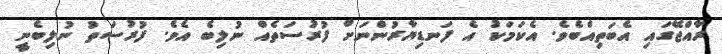
ރާއްޖޭގައި އެބަތިއްބެވެ. އެކަމަކު އެ ފަނޑިޔާރުންނަށް ފުރުސަތެއް ނުލިބެ އެވެ. ފުރުސަތު ނުލިބެނީ